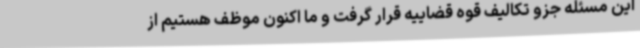
این مسئله جزو تکالیف قوه قضاییه قرار گرفت و ما اکنون موظف هستیم از